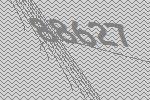
88627